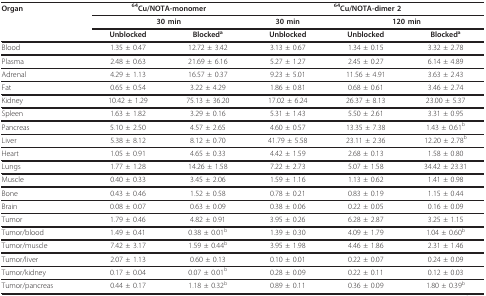
<table><thead><tr><td><b>Organ</b></td><td colspan="2"><b><sup>64</sup>Cu/NOTA-monomer</b></td><td colspan="3"><b><sup>64</sup>Cu/NOTA-dimer 2</b></td></tr><tr><td></td><td colspan="2"><b>30 min</b></td><td><b>30 min</b></td><td colspan="2"><b>120 min</b></td></tr><tr><td></td><td><b>Unblocked</b></td><td><b>Blocked<sup>a</sup></b></td><td><b>Unblocked</b></td><td><b>Unblocked</b></td><td><b>Blocked<sup>a</sup></b></td></tr></thead><tbody><tr><td>Blood</td><td>1.35 ± 0.47</td><td>12.72 ± 3.42</td><td>3.13 ± 0.67</td><td>1.34 ± 0.15</td><td>3.32 ± 2.78</td></tr><tr><td>Plasma</td><td>2.48 ± 0.63</td><td>21.69 ± 6.16</td><td>5.27 ± 1.27</td><td>2.45 ± 0.27</td><td>6.14 ± 4.89</td></tr><tr><td>Adrenal</td><td>4.29 ± 1.13</td><td>16.57 ± 0.37</td><td>9.23 ± 5.01</td><td>11.56 ± 4.91</td><td>3.63 ± 2.43</td></tr><tr><td>Fat</td><td>0.65 ± 0.54</td><td>3.22 ± 4.29</td><td>1.86 ± 0.81</td><td>0.68 ± 0.61</td><td>3.46 ± 2.74</td></tr><tr><td>Kidney</td><td>10.42 ± 1.29</td><td>75.13 ± 36.20</td><td>17.02 ± 6.24</td><td>26.37 ± 8.13</td><td>23.00 ± 5.37</td></tr><tr><td>Spleen</td><td>1.63 ± 1.82</td><td>3.29 ± 0.16</td><td>5.31 ± 1.43</td><td>5.50 ± 2.61</td><td>3.31 ± 0.95</td></tr><tr><td>Pancreas</td><td>5.10 ± 2.50</td><td>4.57 ± 2.65</td><td>4.60 ± 0.57</td><td>13.35 ± 7.38</td><td>1.43 ± 0.61<sup>b</sup></td></tr><tr><td>Liver</td><td>5.38 ± 8.12</td><td>8.12 ± 0.70</td><td>41.79 ± 5.58</td><td>23.11 ± 2.36</td><td>12.20 ± 2.78<sup>b</sup></td></tr><tr><td>Heart</td><td>1.05 ± 0.91</td><td>4.65 ± 0.33</td><td>4.42 ± 1.59</td><td>2.68 ± 0.13</td><td>1.58 ± 0.80</td></tr><tr><td>Lungs</td><td>1.77 ± 1.28</td><td>14.26 ± 1.58</td><td>7.22 ± 2.73</td><td>5.07 ± 1.58</td><td>34.42 ± 23.31</td></tr><tr><td>Muscle</td><td>0.40 ± 0.33</td><td>3.45 ± 2.06</td><td>1.59 ± 1.16</td><td>1.13 ± 0.62</td><td>1.41 ± 0.98</td></tr><tr><td>Bone</td><td>0.43 ± 0.46</td><td>1.52 ± 0.58</td><td>0.78 ± 0.21</td><td>0.83 ± 0.19</td><td>1.15 ± 0.44</td></tr><tr><td>Brain</td><td>0.08 ± 0.07</td><td>0.63 ± 0.09</td><td>0.38 ± 0.06</td><td>0.22 ± 0.05</td><td>0.16 ± 0.09</td></tr><tr><td>Tumor</td><td>1.79 ± 0.46</td><td>4.82 ± 0.91</td><td>3.95 ± 0.26</td><td>6.28 ± 2.87</td><td>3.25 ± 1.15</td></tr><tr><td>Tumor/blood</td><td>1.49 ± 0.41</td><td>0.38 ± 0.01<sup>b</sup></td><td>1.39 ± 0.30</td><td>4.09 ± 1.79</td><td>1.04 ± 0.60<sup>b</sup></td></tr><tr><td>Tumor/muscle</td><td>7.42 ± 3.17</td><td>1.59 ± 0.44<sup>b</sup></td><td>3.95 ± 1.98</td><td>4.46 ± 1.86</td><td>2.31 ± 1.46</td></tr><tr><td>Tumor/liver</td><td>2.07 ± 1.13</td><td>0.60 ± 0.13</td><td>0.10 ± 0.01</td><td>0.22 ± 0.07</td><td>0.24 ± 0.09</td></tr><tr><td>Tumor/kidney</td><td>0.17 ± 0.04</td><td>0.07 ± 0.01<sup>b</sup></td><td>0.28 ± 0.09</td><td>0.22 ± 0.11</td><td>0.12 ± 0.03</td></tr><tr><td>Tumor/pancreas</td><td>0.44 ± 0.17</td><td>1.18 ± 0.32<sup>b</sup></td><td>0.89 ± 0.11</td><td>0.36 ± 0.09</td><td>1.80 ± 0.39<sup>b</sup></td></tr></tbody></table>